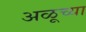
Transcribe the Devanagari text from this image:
अळूच्या